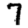
Digit: 7